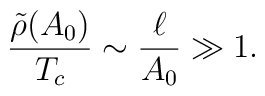
\frac{\tilde{\rho}(A_0)}{T_c}\sim \frac{\ell}{A_0}\gg 1.